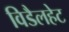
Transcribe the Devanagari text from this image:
विडैलहेट